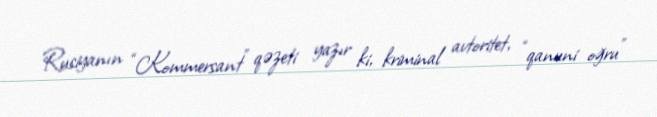
Rusiyanın “Kommersant” qəzeti yazır ki, kriminal avtoritet, “qanuni oğru”